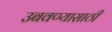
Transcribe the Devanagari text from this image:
उबवण्यासाठी